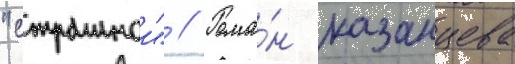
"страннои" // Рома́н казанцева